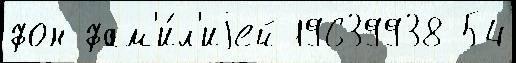
фон фам'и́л'иjей 19639938 54